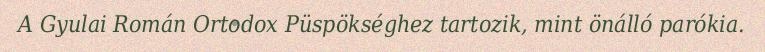
A Gyulai Román Ortodox Püspökséghez tartozik, mint önálló parókia.